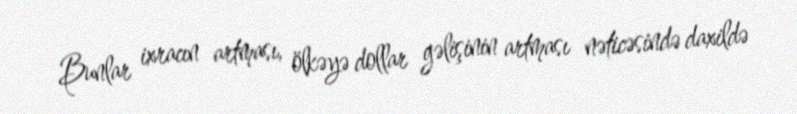
Bunlar ixracın artması, ölkəyə dollar gəlişinin artması nəticəsində daxildə